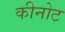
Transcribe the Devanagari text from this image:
कीनोट